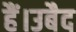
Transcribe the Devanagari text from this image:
हैं।उबैद